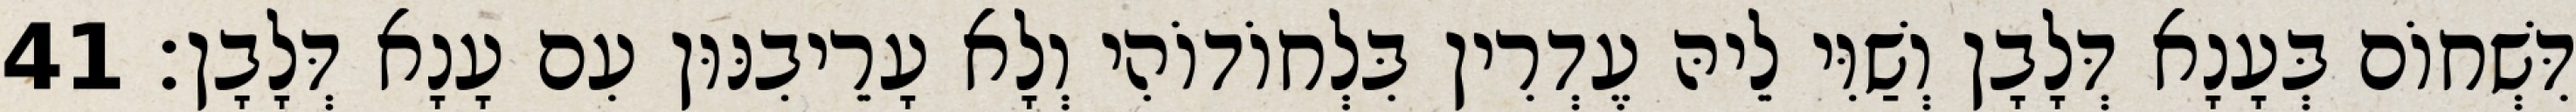
דִּשְׁחוֹם בְּעָנָא דְּלָבָן וְשַׁוִּי לֵיהּ עֶדְרִין בִּלְחוֹדוֹהִי וְלָא עָרֵיבִנּוּן עִם עָנָא דְּלָבָן׃ 41